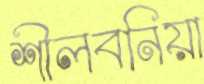
শীলবনিয়া